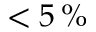
< 5 \, \%